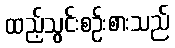
ထည့်သွင်းစဉ်းစားသည်